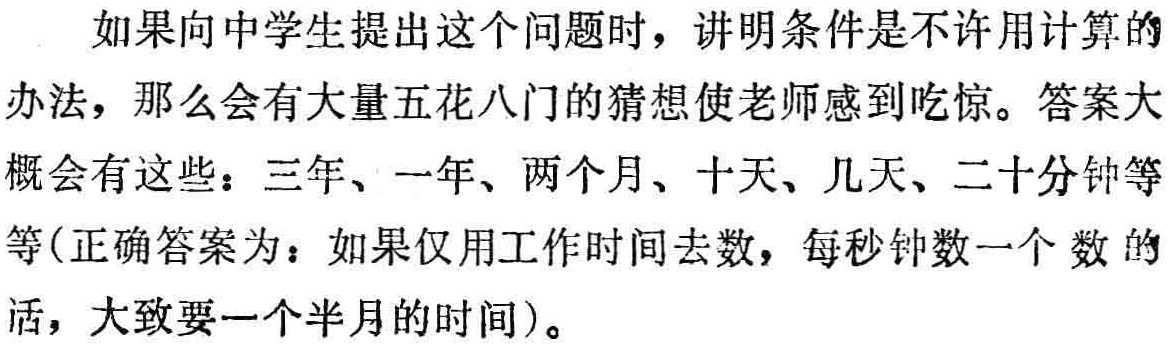
如果向中学生提出这个问题时，讲明条件是不许用计算的办法，那么会有大量五花八门的猜想使老师感到吃惊。答案大概会有这些：三年、一年、两个月、十天、几天、二十分钟等等(正确答案为：如果仅用工作时间去数，每秒钟数一个数的话，大致要一个半月的时间)。